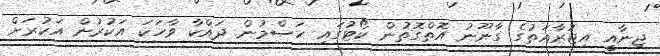
ޖިނާއީ އިޖުރާއަތުގެ ގާނޫނު އޮތްގޮތުން ކޯޓުގައި ހަސްމުން ދައްކާ ވާހަކަ އަކުރުން އަކުރަށް